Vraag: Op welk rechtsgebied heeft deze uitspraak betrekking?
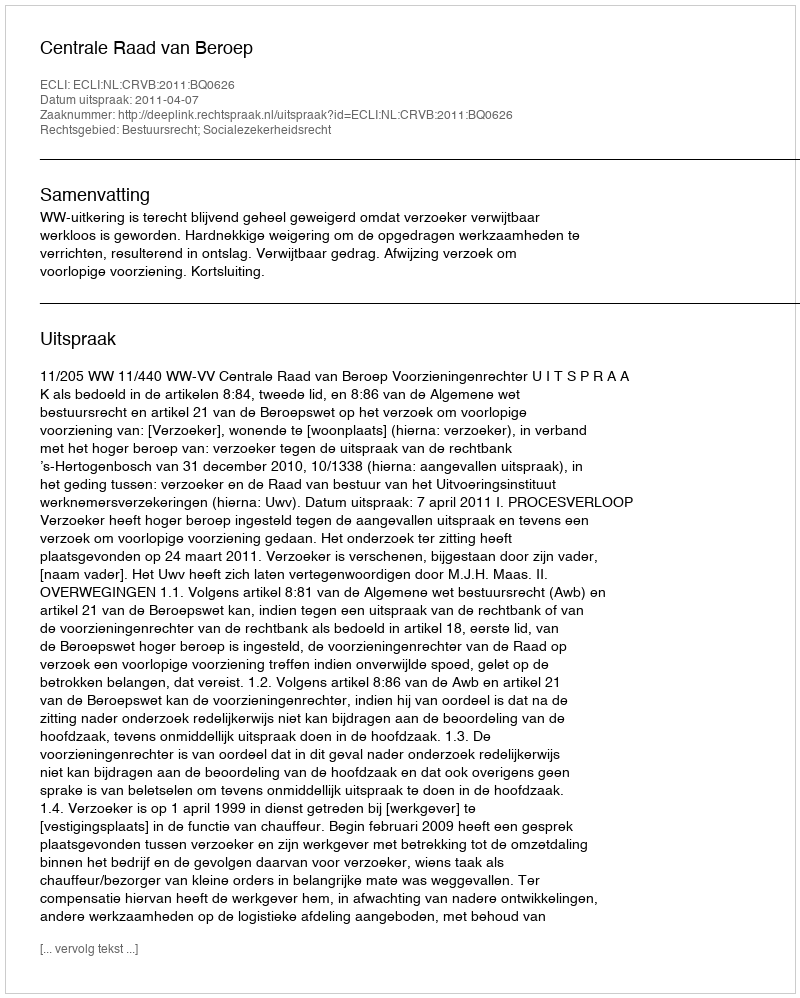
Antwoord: Bestuursrecht; Socialezekerheidsrecht